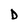
Character: D